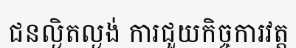
ជនល្ងិតល្ងង់ ការជួយកិច្ចការវត្ត